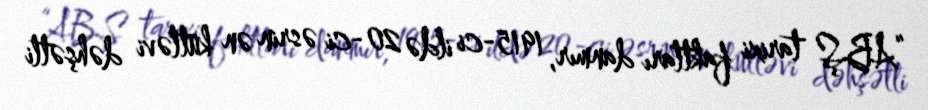
“ABŞ tarixi faktları danmır, 1915-ci ildə 20-ci əsrin ən kütləvi dəhşətli